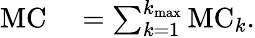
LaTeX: \begin{array}{rl}{\mathrm{MC}}&{{}=\sum_{k=1}^{k_{\mathrm{max}}}\mathrm{MC}_{k}.}\end{array}